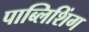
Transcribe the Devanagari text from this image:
पाब्लिशिंग